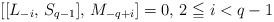
LaTeX: \begin{align*}[[L_{-i}, \, S_{q-1}], \, M_{-q+i}] = 0, \, 2 \leqq i < q-1\end{align*}